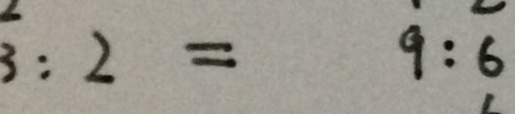
3 : 2 = 9 : 6